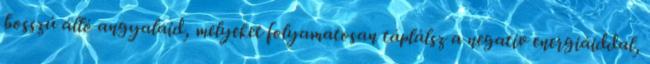
bosszú álló angyalaid, melyeket folyamatosan táplálsz a negatív energiáiddal,